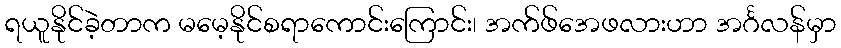
ရယူနိုင်ခဲ့တာက မမေ့နိုင်စရာကောင်းကြောင်း၊ အက်ဖ်အေဖလားဟာ အင်္ဂလန်မှာ